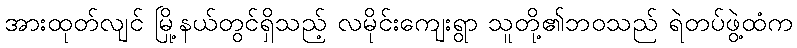
အားထုတ်လျင် မြို့နယ်တွင်ရှိသည့် လမိုင်းကျေးရွာ သူတို့၏ဘဝသည် ရဲတပ်ဖွဲ့ထံက